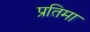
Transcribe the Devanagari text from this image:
प्रतिमा